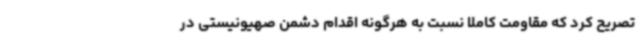
تصریح کرد که مقاومت کاملا نسبت به هرگونه اقدام دشمن صهیونیستی در